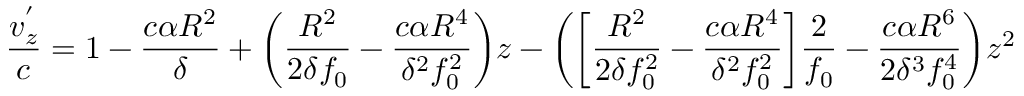
\frac { v _ { z } ^ { ' } } { c } = 1 - \frac { c \alpha R ^ { 2 } } { \delta } + \bigg ( \frac { R ^ { 2 } } { 2 \delta f _ { 0 } } - \frac { c \alpha R ^ { 4 } } { \delta ^ { 2 } f _ { 0 } ^ { 2 } } \bigg ) z - \bigg ( \bigg [ \frac { R ^ { 2 } } { 2 \delta f _ { 0 } ^ { 2 } } - \frac { c \alpha R ^ { 4 } } { \delta ^ { 2 } f _ { 0 } ^ { 2 } } \bigg ] \frac { 2 } { f _ { 0 } } - \frac { c \alpha R ^ { 6 } } { 2 \delta ^ { 3 } f _ { 0 } ^ { 4 } } \bigg ) z ^ { 2 }